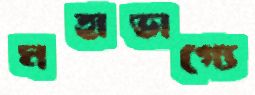
মহাভাগ্যে